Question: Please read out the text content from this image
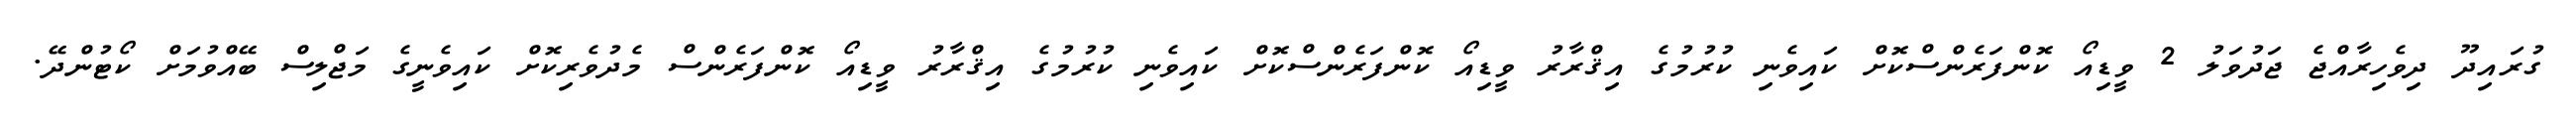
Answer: ގުރައިދޫ ދިވެހިރާއްޖެ ޖަދުވަލު 2 ވީޑިއޯ ކޮންފަރެންސްކޮށް ކައިވެނި ކުރުމުގެ އިޤްރާރު ވީޑިއޯ ކޮންފަރެންސްކޮށް ކައިވެނި ކުރުމުގެ އިޤްރާރު ވީޑިއޯ ކޮންފަރެންސް މެދުވެރިކޮށް ކައިވެނީގެ މަޖްލިސް ބޭއްވުމަށް ކޯޓުންދޭ.